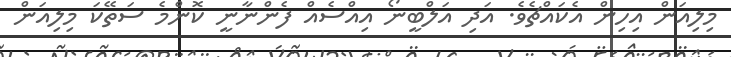
މިލިއަން އިހިން އެކައްޗެވެ. އަދި އަލްބީނޯ އިއްސެއް ފެންނާނީ ކޮންމެ ސަތޭކަ މިލިއަން